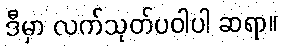
ဒီမှာ လက်သုတ်ပဝါပါ ဆရာ။